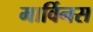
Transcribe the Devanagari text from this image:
मार्विनस